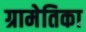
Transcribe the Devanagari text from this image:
ग्रामेतिका